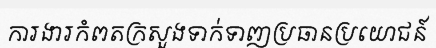
ការងារកំពតក្រសួងទាក់ទាញប្រធានប្រយោជន៍